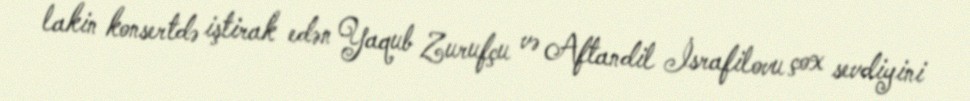
lakin konsertdə iştirak edən Yaqub Zurufçu və Aftandil İsrafilovu çox sevdiyini